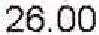
26.00